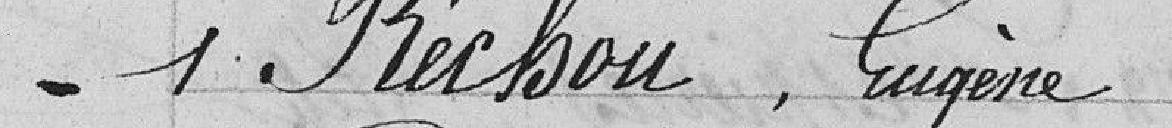
1 Réchou, Eugène